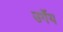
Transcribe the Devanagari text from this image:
उर्गेय